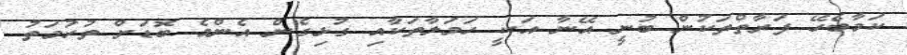
ކަމާބެހޭ ފަރާތްތަކުން ބުނީ އޭނާ އަކީ ހަމަލާތަކާއި ގުޅިގެން އެންމެ ބޮޑަށް ތުހުމަތު